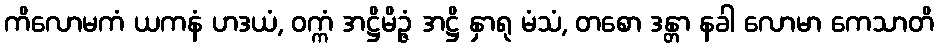
ကိလောမကံ ယကနံ ဟဒယံ, ဝက္ကံ အဋ္ဌိမိဉ္ဇံ အဋ္ဌိ နှာရု မံသံ, တစော ဒန္တာ နခါ လောမာ ကေသာတိ